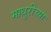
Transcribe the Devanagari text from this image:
माधुरीच्या